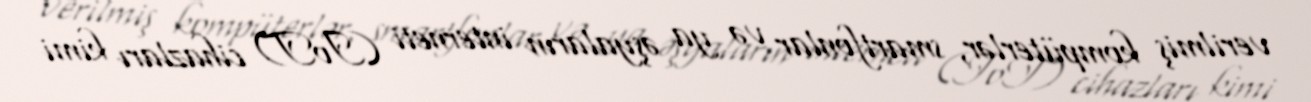
verilmiş kompüterlər, smartfonlar və ya əşyaların interneti (IoT) cihazları kimi